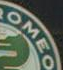
OMEO